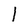
Character: 1